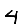
Digit: 4